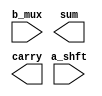
`timescale 1ns / 1ps

module adder(
    input [0:3] a_shft,   
    input [0:1] b_mux,
    output [0:3] sum,
    output carry
    );
    
assign s= a_shft ^ b_mux;
assign c= a_shft & b_mux;

endmodule